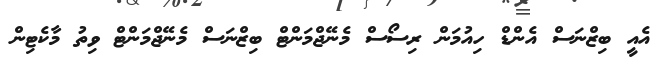
އެއީ ބިޒްނަސް އެންޑް ހިއުމަން ރިސޯސް މެނޭޖްމަންޓް ބިޒްނަސް މެނޭޖްމަންޓް ވިތު މާކެޓިން